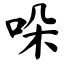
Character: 哚